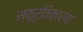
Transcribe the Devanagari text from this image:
स्फूर्तिकारक